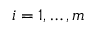
i = 1 , \ldots , m